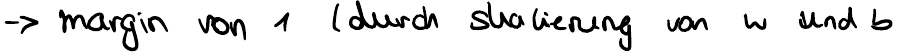
-> margin von 1 (durch skalierung von w und b)